Civil Veterinary Department. Madras. Admin. report 1910-25 - 1910-1925
Year: 1910
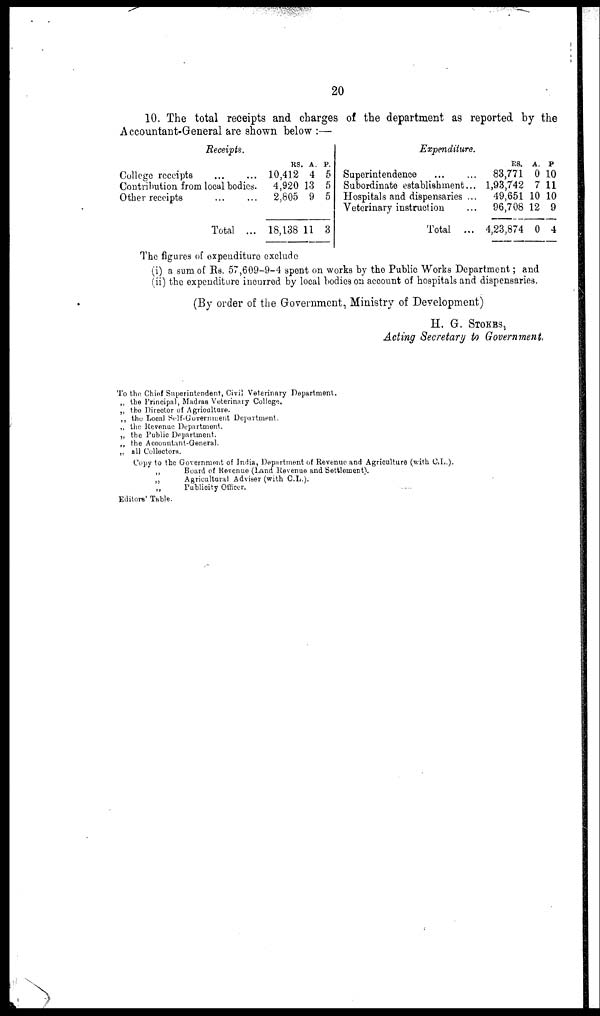
20
10. The total receipts and charges of the department as reported by the
Accountant-General are shown below :—
Receipts.
College receipts ... ...
Contribution from local bodies.
Other receipts ... ...
Total ...
RS. A. P.
10,412 4 5
4,920 13 5
2,805 9 5
18,138 11 3
Expenditure.
Superintendence ... ...
Subordinate establishment ...
Hospitals and dispensaries ...
Veterinary instruction ...
Total ...
RS. A. P.
83,771 0 10
1,93,742 7 11
49,651 10 10
96,708 12 9
4,23,874 0 4
The figures of expenditure exclude
(i) a sum of Rs. 57,609-9-4 spent on works by the Public Works Department; and
(ii) the expenditure incurred by local bodies on account of hospitals and dispensaries.
(By order of the Government, Ministry of Development)
H. G. STOKES,
Acting Secretary to Government
To the Chief Superintendent, Civil Veterinary Department.
„ the Principal, Madras Veterinary College.
„ the Director of Agriculture.
„ the Local Self-Goverment Department.
„ the Revenue Department.
„ the Public Department.
„ the Accountant-General.
„ all Collectors.
Copy to the Government of India, Department of Revenue and Agriculture (with C.L.)
„
Board of Revenue (Land Revenue and Settlement).
„
Agricultural Adviser (with C.L.).
„ Pu
Editors' Table.